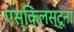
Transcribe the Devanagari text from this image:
एस्किलस्टूना